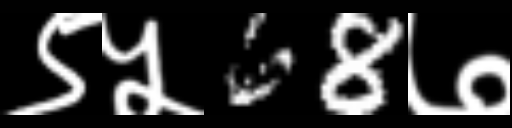
Text: ९५68७